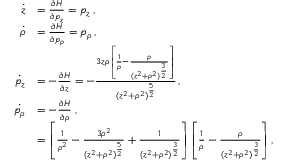
\begin{array} { r l } { \dot { z } } & { = \frac { \partial H } { \partial p _ { z } } = p _ { z } \, , } \\ { \dot { \rho } } & { = \frac { \partial H } { \partial p _ { \rho } } = p _ { \rho } \, , } \\ { \dot { p _ { z } } } & { = - \frac { \partial H } { \partial z } = - \frac { 3 z \rho \left[ \frac { 1 } { \rho } - \frac { \rho } { ( z ^ { 2 } + \rho ^ { 2 } ) ^ { \frac { 3 } { 2 } } } \right] } { ( z ^ { 2 } + \rho ^ { 2 } ) ^ { \frac { 5 } { 2 } } } \, , } \\ { \dot { p _ { \rho } } } & { = - \frac { \partial H } { \partial \rho } \ , } \\ & { = \left[ \frac { 1 } { \rho ^ { 2 } } - \frac { 3 \rho ^ { 2 } } { ( z ^ { 2 } + \rho ^ { 2 } ) ^ { \frac { 5 } { 2 } } } + \frac { 1 } { ( z ^ { 2 } + \rho ^ { 2 } ) ^ { \frac { 3 } { 2 } } } \right] \left[ \frac { 1 } { \rho } - \frac { \rho } { ( z ^ { 2 } + \rho ^ { 2 } ) ^ { \frac { 3 } { 2 } } } \right] , } \end{array}